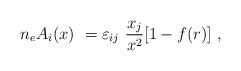
LaTeX: \begin{align*}n_eA_i(x)\ =\-\varepsilon_{ij}\ \frac{x_j}{x^2}[1-f(r)]\ ,\end{align*}